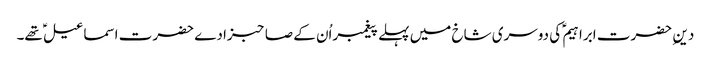
دین ِ حضرت ابراہیم ؑ کی دوسری شاخ میں پہلے پیغمبراُن کے صاحبزادے حضرت اسماعیل ؑ تھے۔